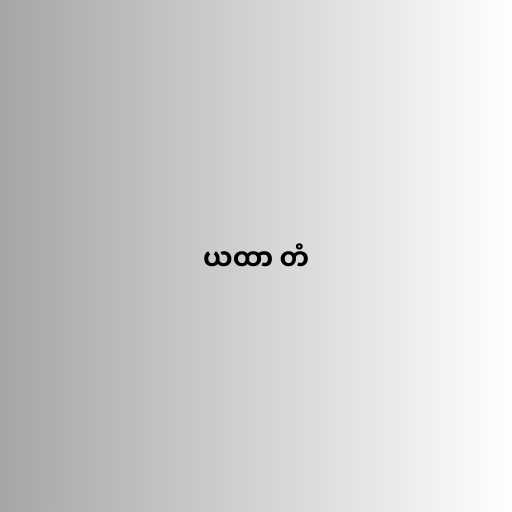
ယထာ တံ